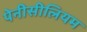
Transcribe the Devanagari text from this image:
पेनीसीलियम